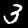
Label: 3